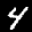
Label: 4